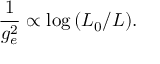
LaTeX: { \frac { 1 } { g _ { e } ^ { 2 } } } \propto \log { ( L _ { 0 } / L ) } .